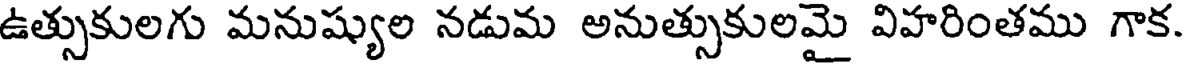
ఉత్సుకులగు మనుష్యుల నడుమ అనుత్సుకులమై విహరింతము గాక.